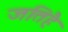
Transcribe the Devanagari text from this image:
जतिहै